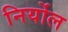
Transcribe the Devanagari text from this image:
निर्योल